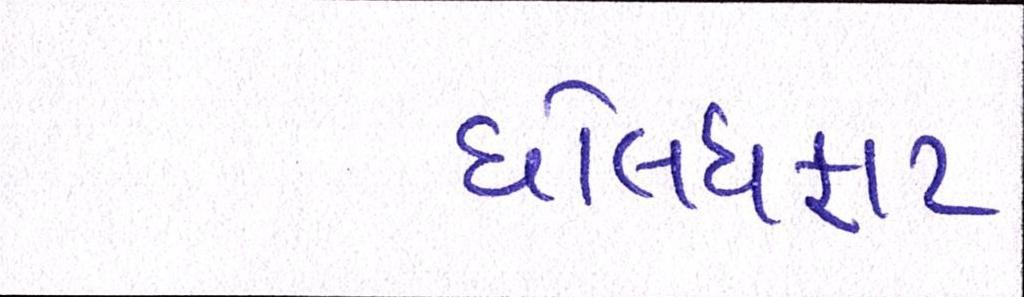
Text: ધોલધફાટ